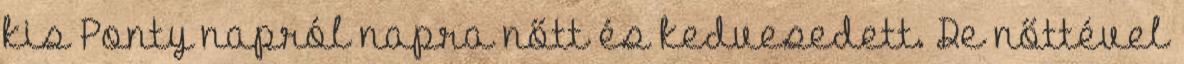
kis Ponty napról napra nőtt és kedvesedett. De nőttével